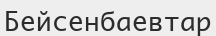
Бейсенбаевтар